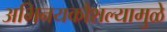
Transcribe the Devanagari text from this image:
अभिनयकौशल्यामुळे